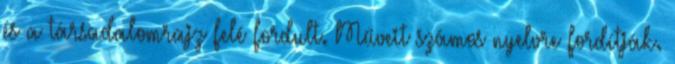
és a társadalomrajz felé fordult. Műveit számos nyelvre fordítják.